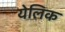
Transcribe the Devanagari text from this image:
येलिक